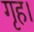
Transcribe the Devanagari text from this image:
गृह।